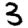
Digit: 3